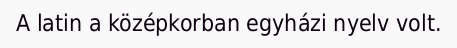
A latin a középkorban egyházi nyelv volt.